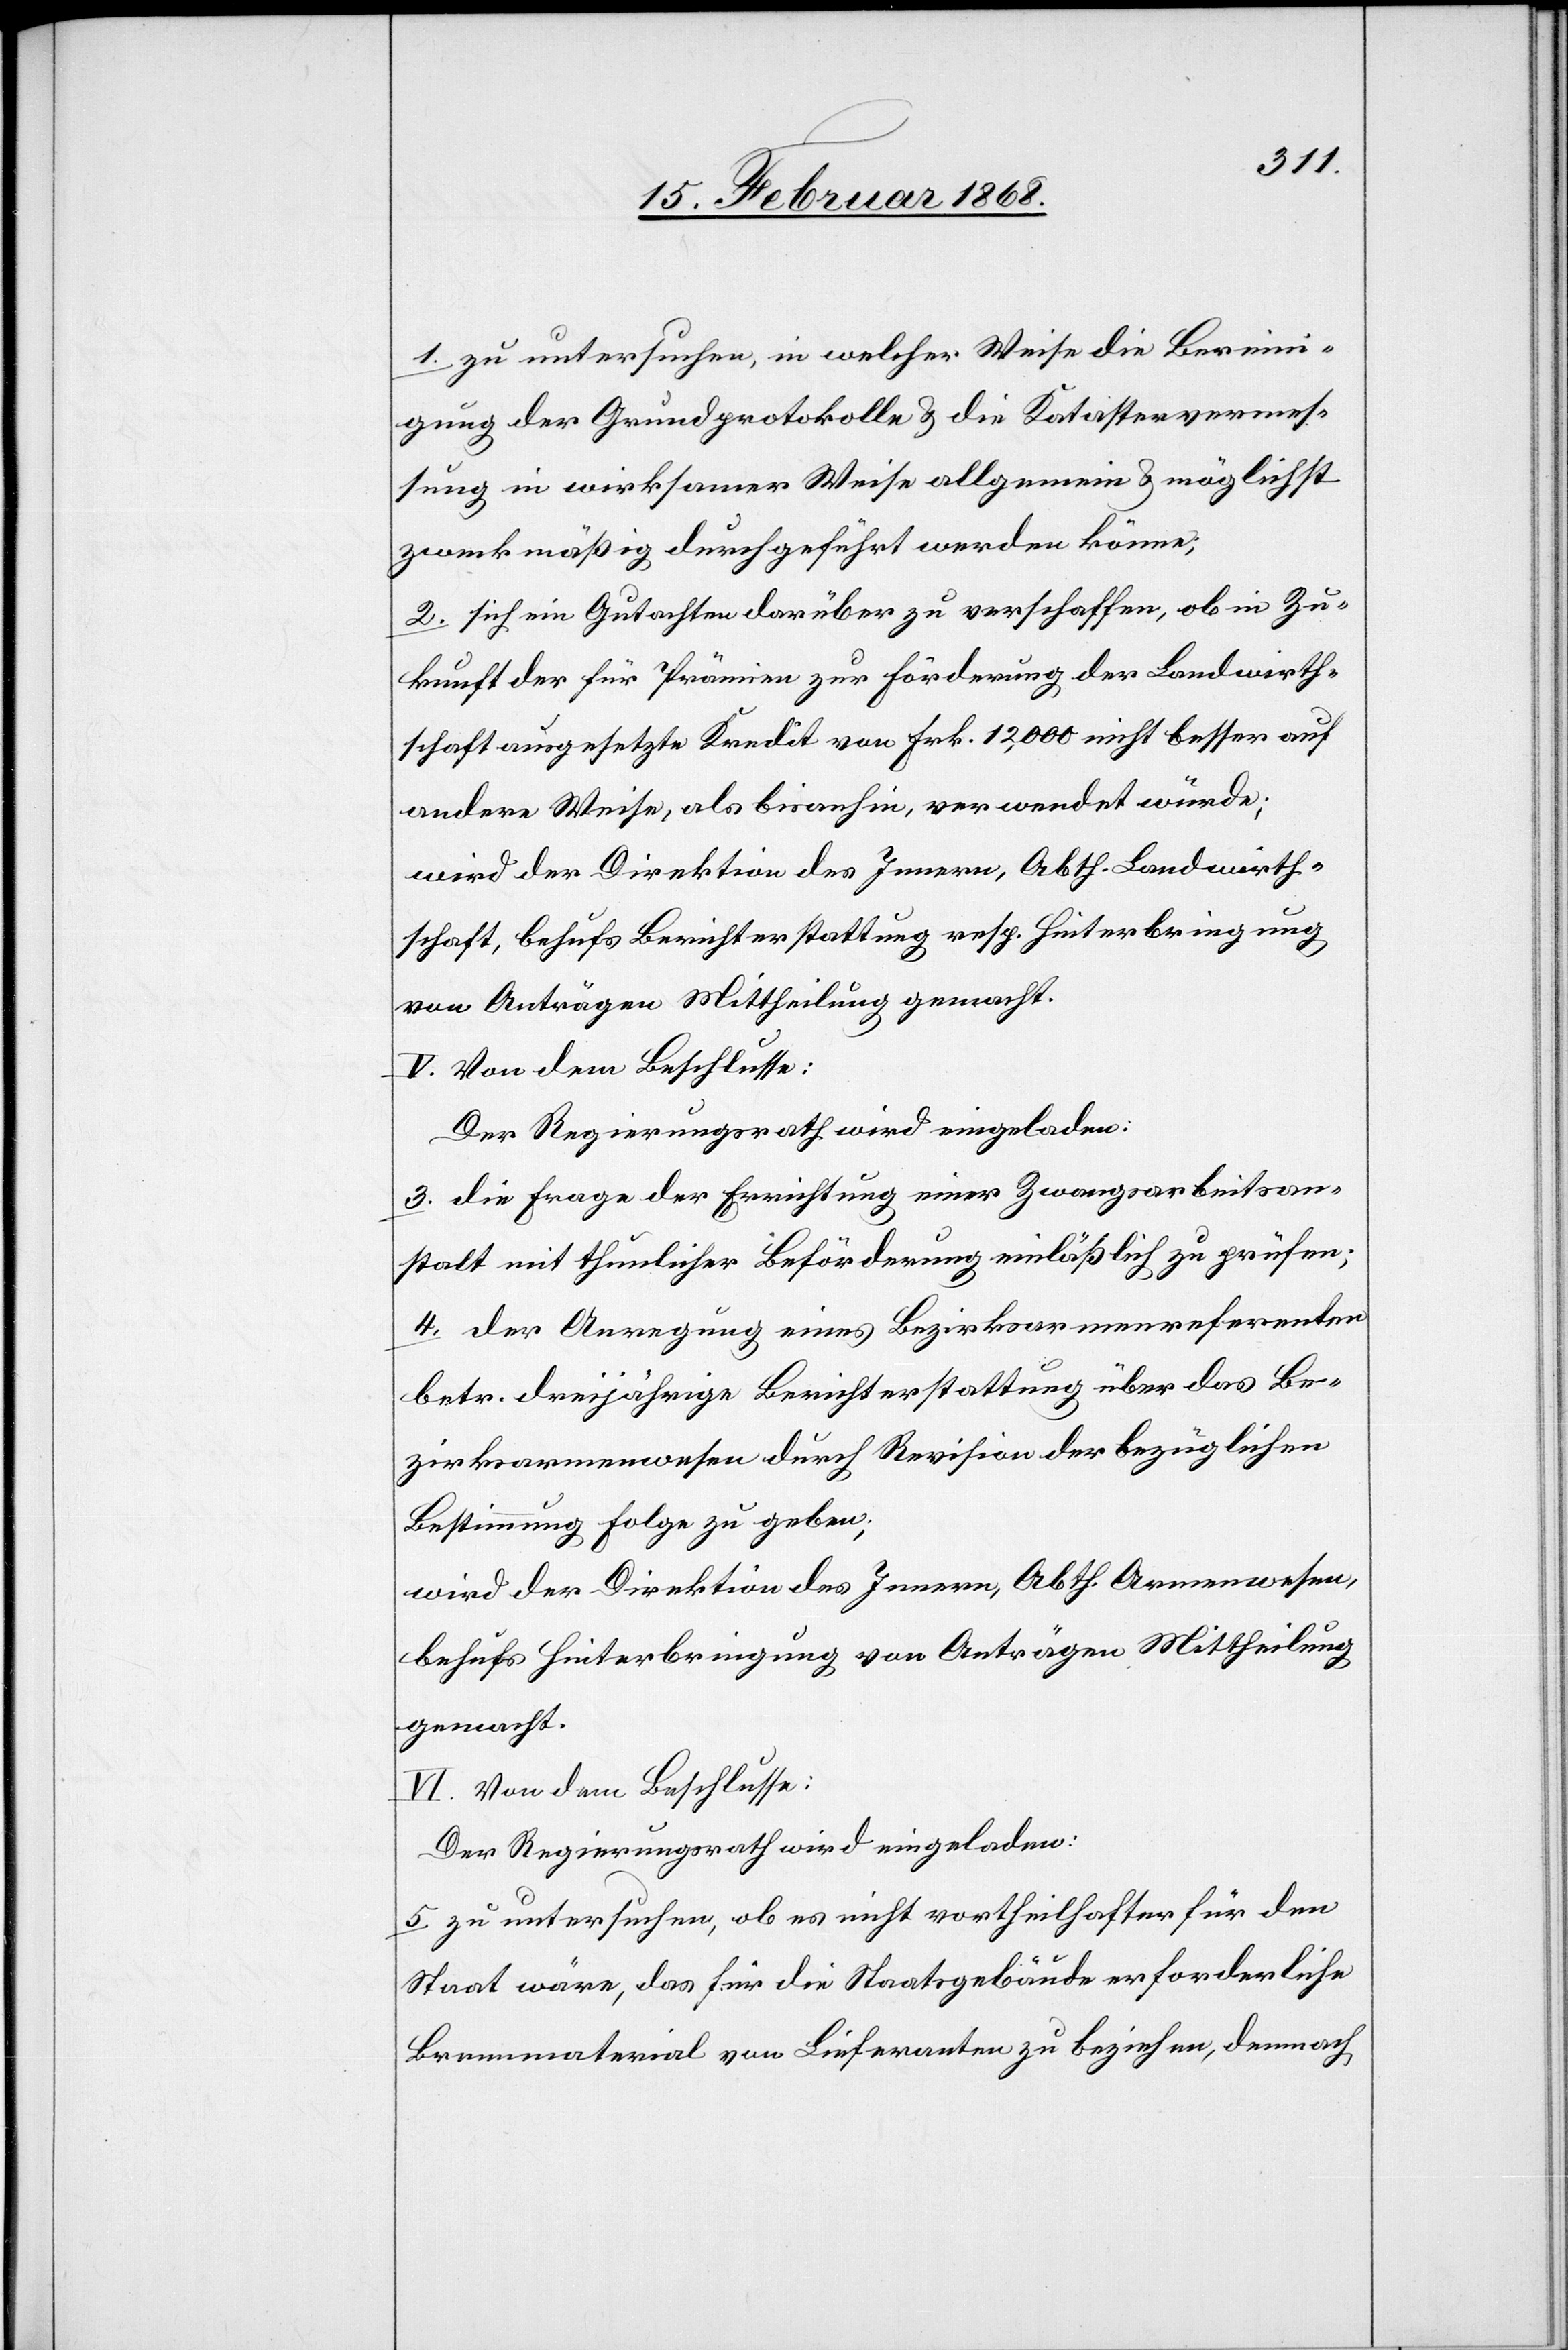
1. zu untersuchen, in welcher Weise die Bereini¬
gung der Grundprotokolle & die Katastervermes¬
sung in wirksamer Weise allgemein & möglichst
zweckmäßig durchgeführt werden könne;
2. sich ein Gutachten darüber zu verschaffen, ob in Zu¬
kunft der für Prämien zur Förderung der Landwirth¬
schaft ausgesetzte Kredit von Frk. 12,000 nicht besser auf
andere Weise, als bisanhin, verwendet würde;
wird der Direktion des Innern, Abth. Landwirth¬
schaft, behufs Berichterstattung resp. Hinterbringung
von Anträgen Mittheilung gemacht.
3. die Frage der Errichtung einer Zwangsarbeitsan¬
stalt mit thunlicher Beförderung einläßlich zu prüfen;
4. der Anregung eines Bezirksarmenreferenten
betr. dreijährige Berichterstattung über das Be¬
zirksarmenwesen durch Revision der bezüglichen
Bestimmung Folge zu geben;
wird der Direktion des Innern, Abth. Armenwesen,
behufs Hinterbringung von Anträgen Mittheilung
gemacht.
VI. Von dem Beschlusse:
Der Regierungsrath wird eingeladen:
5. zu untersuchen, ob es nicht vortheilhafter für den
Staat wäre, das für die Staatsgebäude erforderliche
Brennmaterial von Lieferanten zu beziehen, demnach